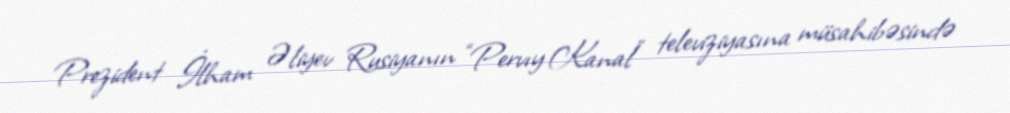
Prezident İlham Əliyev Rusiyanın “Pervıy Kanal” televiziyasına müsahibəsində